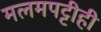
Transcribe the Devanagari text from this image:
मलमपट्टीही